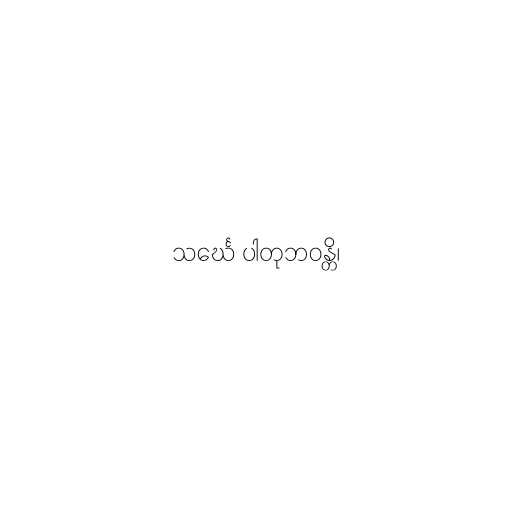
သင်္ဃေ ပါတုဘဝန္တိ၊